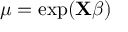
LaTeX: \mu = \exp ( \mathbf { X } { \boldsymbol { \beta } } ) \,